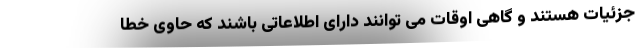
جزئیات هستند و گاهی اوقات می توانند دارای اطلاعاتی باشند که حاوی خطا